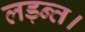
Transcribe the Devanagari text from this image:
लड़न्त।